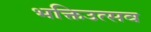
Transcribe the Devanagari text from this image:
भक्तिउत्सव